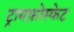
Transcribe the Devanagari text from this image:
ट्रायफ़ोस्फेट